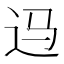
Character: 𲅎